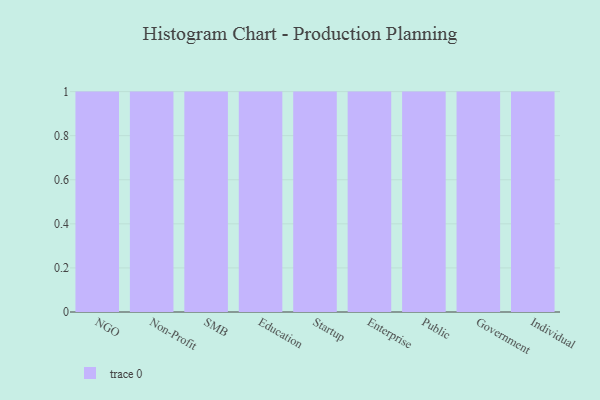
{"axis": {"x": "Segment", "y": "Demand Index"}, "legend": [""], "data": [{"x": "NGO", "y": 54, "type": ""}, {"x": "Non-Profit", "y": 78, "type": ""}, {"x": "SMB", "y": 6, "type": ""}, {"x": "Education", "y": 97, "type": ""}, {"x": "Startup", "y": 45, "type": ""}, {"x": "Enterprise", "y": 64, "type": ""}, {"x": "Public", "y": 21, "type": ""}, {"x": "Government", "y": 48, "type": ""}, {"x": "Individual", "y": 59, "type": ""}]}